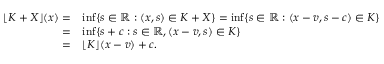
\begin{array} { r l } { \lfloor K + X \rfloor ( x ) = } & { \operatorname* { i n f } \{ s \in \mathbb { R } : ( x , s ) \in K + X \} = \operatorname* { i n f } \{ s \in \mathbb { R } : ( x - v , s - c ) \in K \} } \\ { = } & { \operatorname* { i n f } \{ s + c : s \in \mathbb { R } , ( x - v , s ) \in K \} } \\ { = } & { \lfloor K \rfloor ( x - v ) + c . } \end{array}